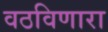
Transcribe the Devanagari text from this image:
वठविणारा